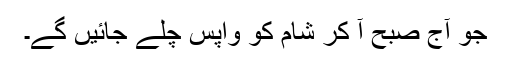
جو آج صبح آ کر شام کو واپس چلے جائیں گے۔